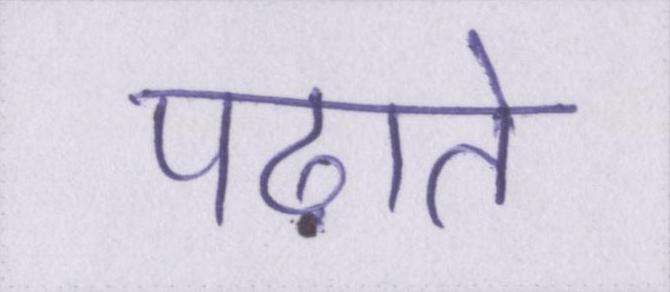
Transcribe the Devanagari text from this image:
पढ़ाते